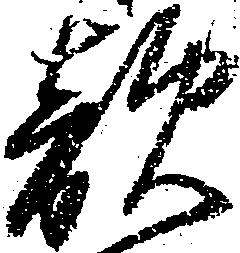
敵